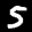
Label: 5